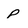
Character: p